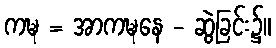
ကဍ္ဎ = အာကဍ္ဎနေ - ဆွဲခြင်း၌။